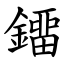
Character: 鐂